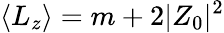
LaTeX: \langle L_{z}\rangle=m+2|Z_{0}|^{2}